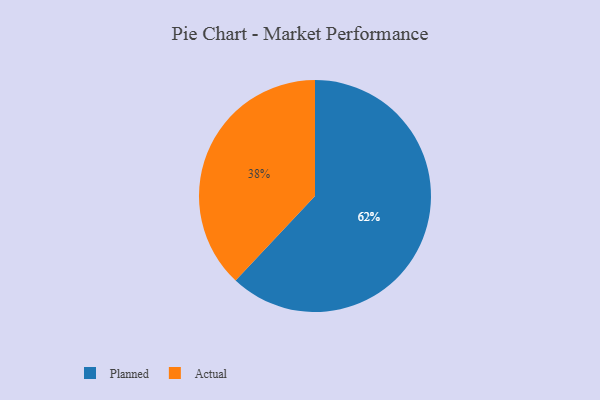
{"axis": {"x": "Category", "y": "Percentage"}, "legend": ["Actual", "Planned"], "data": [{"x": "Actual", "y": 38, "type": "Actual"}, {"x": "Planned", "y": 62, "type": "Planned"}]}